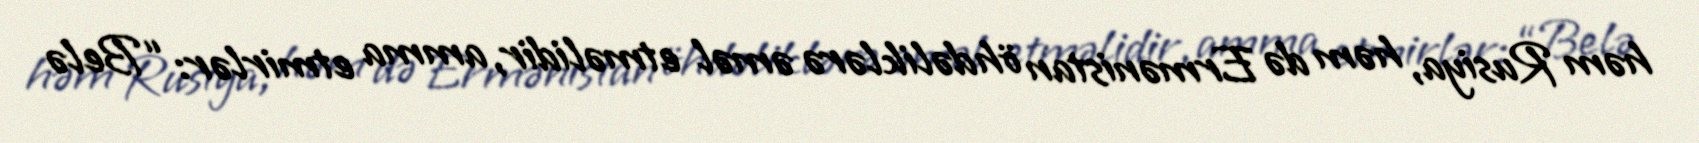
həm Rusiya, həm də Ermənistan öhdəliklərə əməl etməlidir, amma etmirlər: “Belə